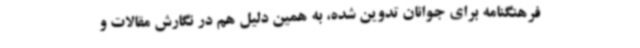
فرهنگنامه برای جوانان تدوین شده، به همین دلیل هم در نگارش مقالات و